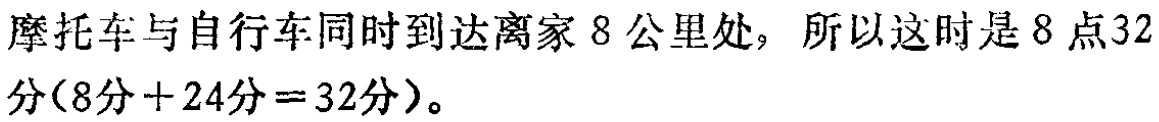
摩托车与自行车同时到达离家 8 公里处，所以这时是 8 点32分(8分 + 24分 = 32分)。